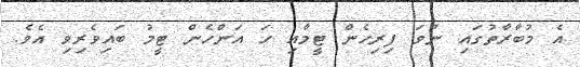
އެ މުބާރާތުގައި ނުވަ ފިރިހެން ޓީމާއި ހަ އަންހެން ޓީމު ބައިވެރިވި އެވެ.